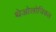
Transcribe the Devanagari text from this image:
थेओलोजिकल